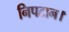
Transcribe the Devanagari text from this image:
निपटान।